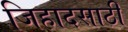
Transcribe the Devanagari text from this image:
जिहादसाठी